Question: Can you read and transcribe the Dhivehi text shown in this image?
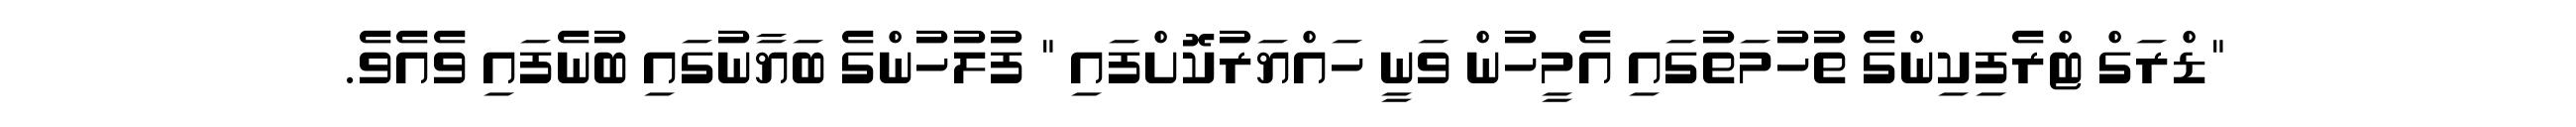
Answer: "ޑްރަގް ޓްރެފިކިންގެ ތުހުމަތުގައި އެމީހުން ވަނީ ހައްޔަރުކޮށްފައި " ފުލުހުންގެ ބަޔާނުގައި ބުނެފައި ވެއެވެ.